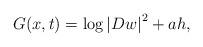
LaTeX: \begin{align*} G (x,t) = \log \left| {Dw} \right|^2 + a h,\end{align*}